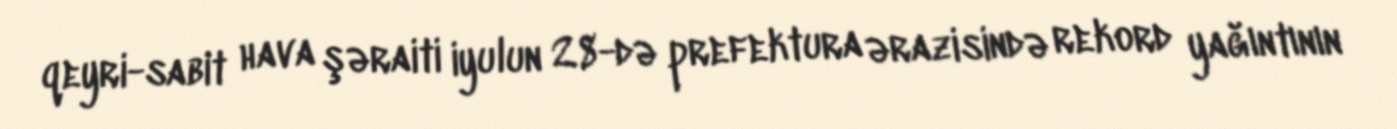
qeyri-sabit hava şəraiti iyulun 28-də prefektura ərazisində rekord yağıntının